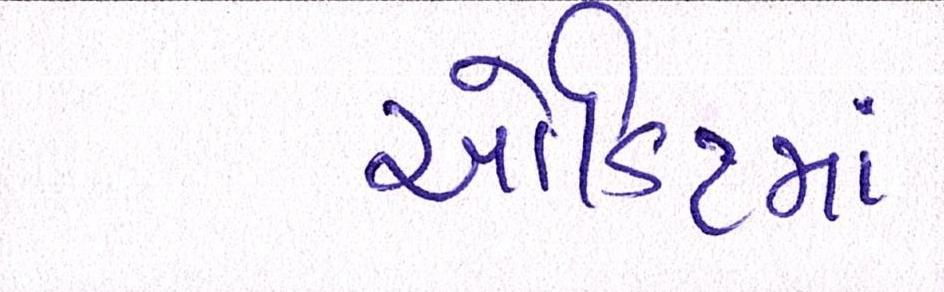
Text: ઓડિટમાં